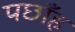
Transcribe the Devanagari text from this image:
पछाँह